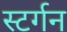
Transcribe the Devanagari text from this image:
स्टर्गन